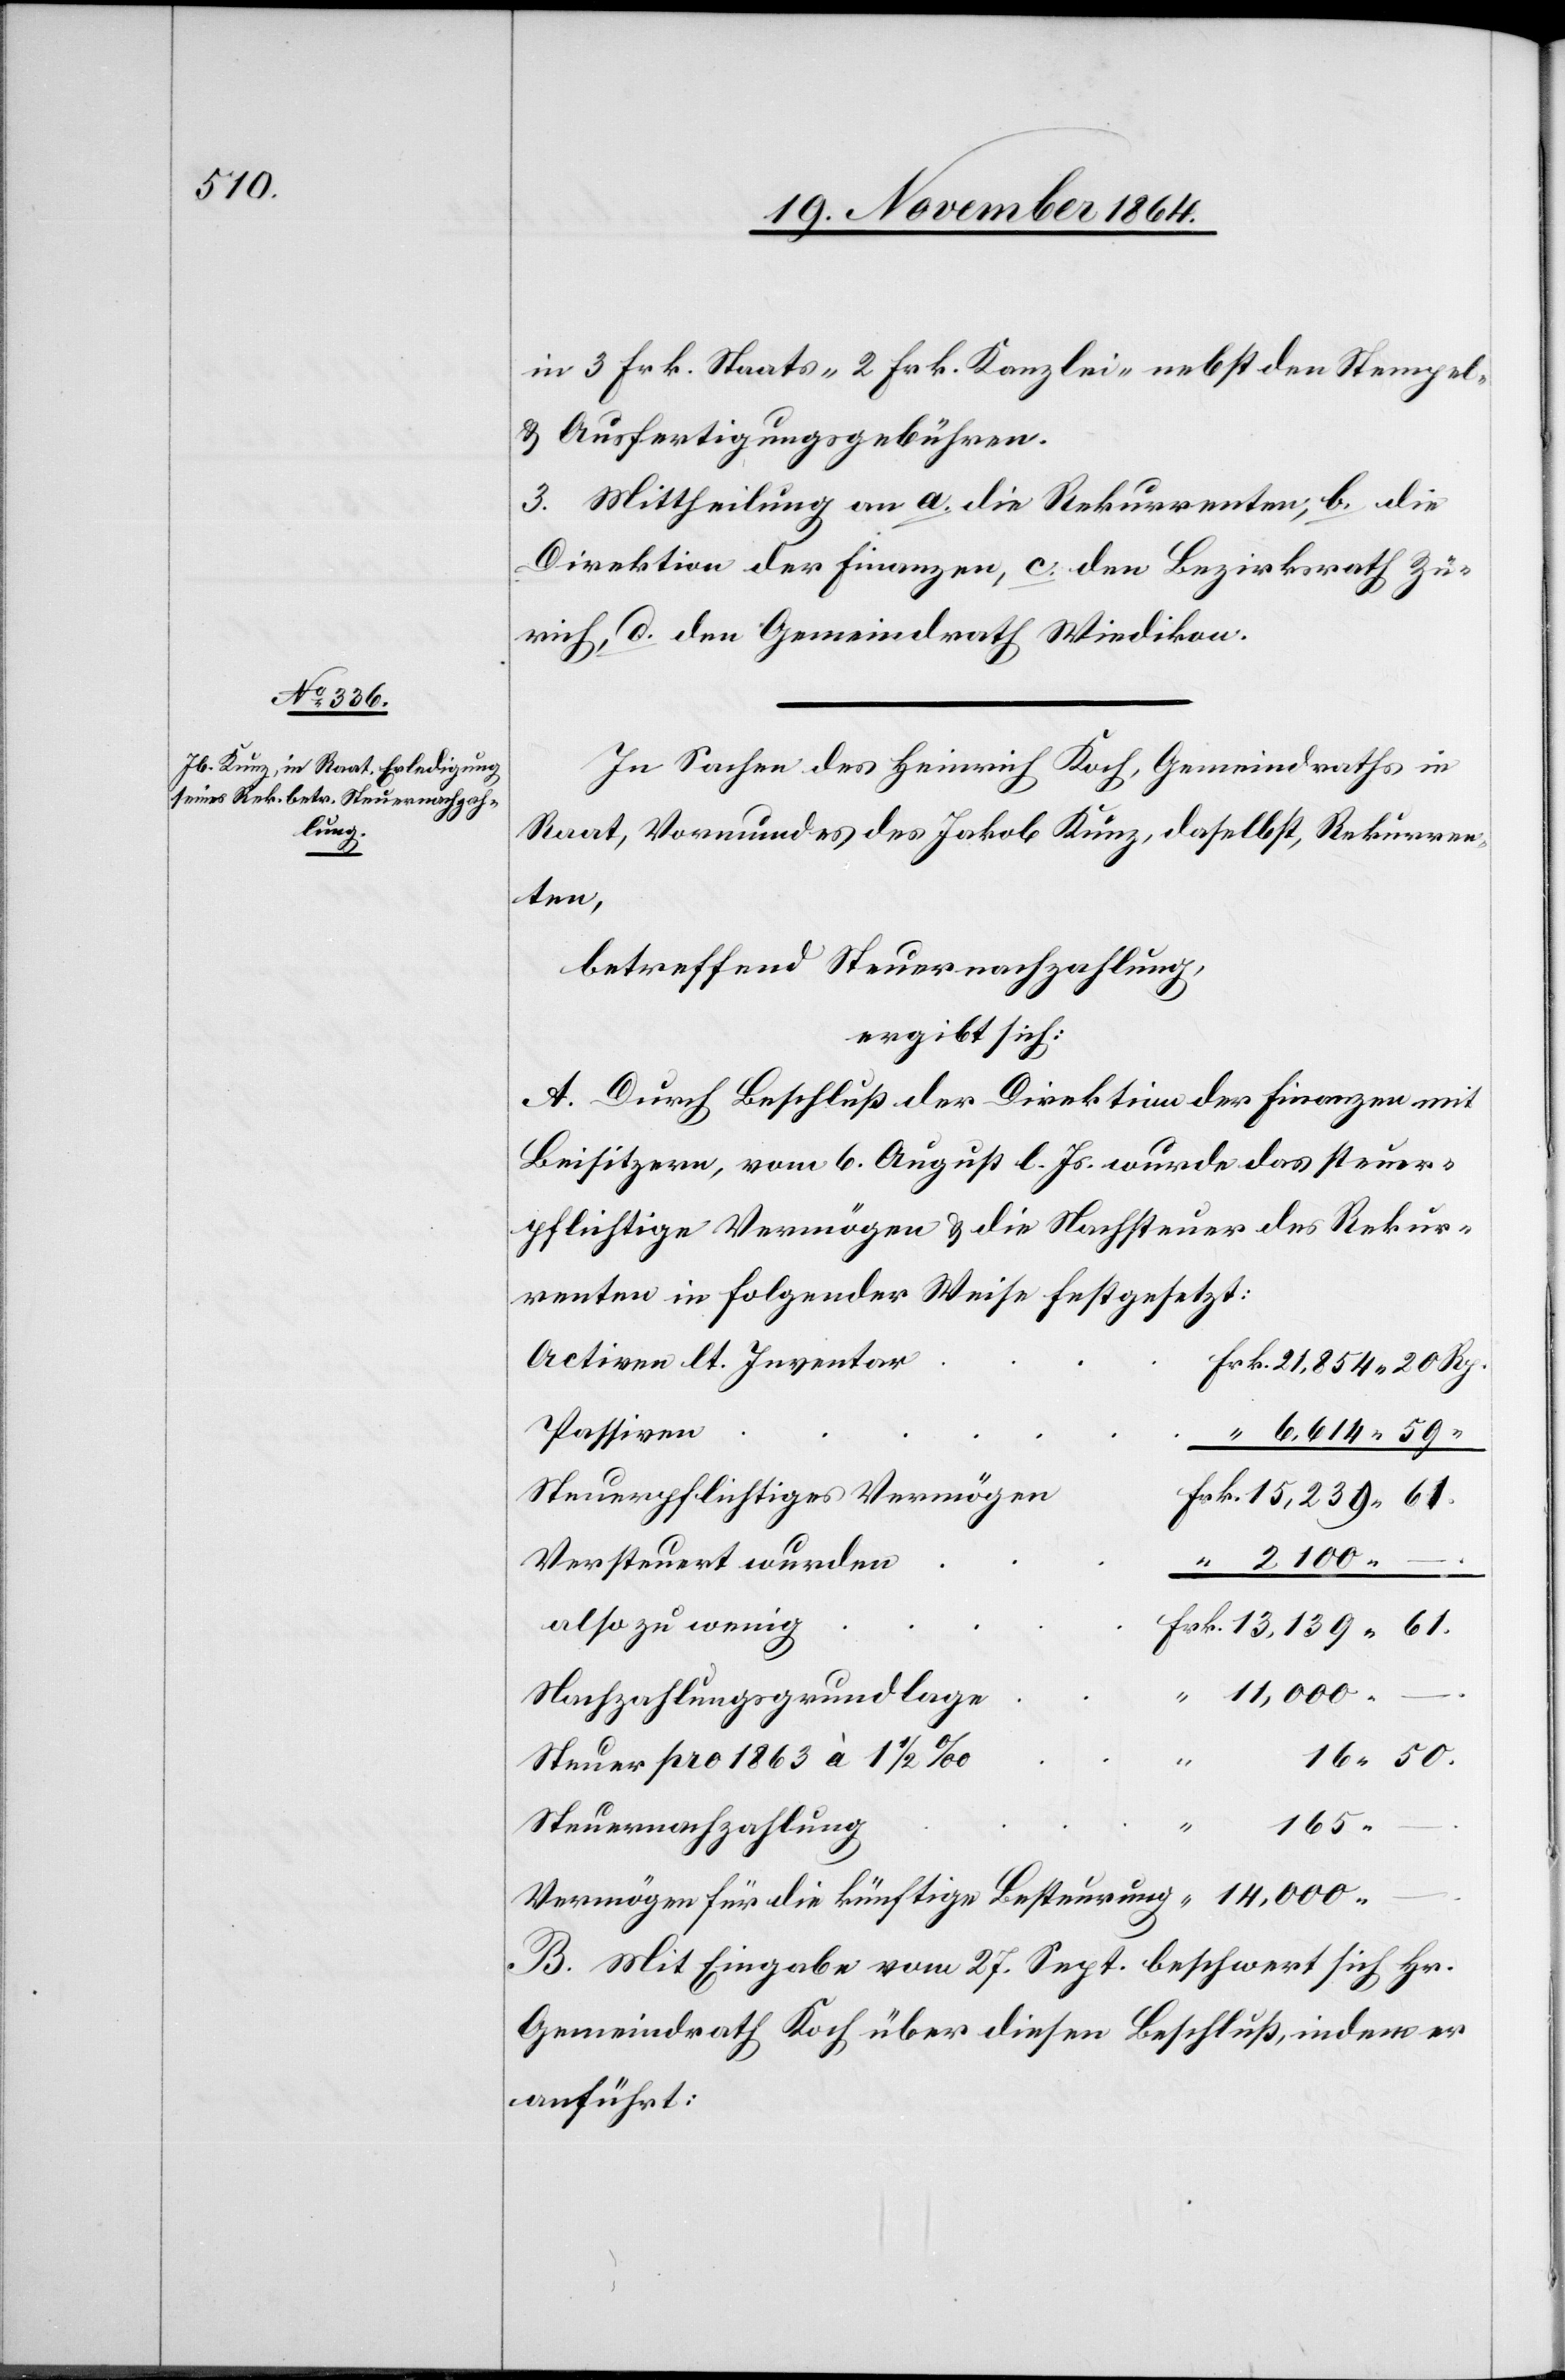
in 3 Frk. Staats- 2 Frk. Kanzlei nebst den Stempel-
& Ausfertigungsgebühren.
3. Mittheilung an a. die Rekurrenten, b. die
Direktion der Finanzen, c. den Bezirksrath Zü¬
rich, d. den Gemeindrath Wiedikon.
In Sachen des Heinrich Koch, Gemeindraths in
Raat, Vormundes des Jakob Kunz, daselbst, Rekurren¬
ten,
betreffend Steuernachzahlung,
ergibt sich:
A. Durch Beschluß der Direktion der Finanzen mit
Beisitzern, vom 6. August l. Js. wurde das steuer¬
pflichtige Vermögen & die Nachsteuer des Rekur¬
renten in folgender Weise festgesetzt:
Activen lt. Inventar
Passiven
6,614.59
Steuerpflichtiges Vermögen
Versteuert wurden
–
also zu wenig
“
14,000. –
.
Nachzahlungsgrundlage
Steuer pro 1863 à 1 1/2‰
165.
Steuernachzahlung
Vermögen für die künftige Besteurung
B. Mit Eingabe vom 27. Sept. beschwert sich Hr.
Gemeindrath Koch über diesen Beschluß, indem er
anführt: